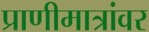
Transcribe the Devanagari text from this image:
प्राणीमात्रांवर